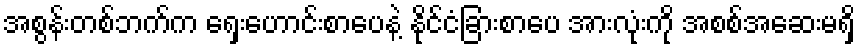
အစွန်းတစ်ဘက်က ရှေးဟောင်းစာပေနဲ့ နိုင်ငံခြားစာပေ အားလုံးကို အစစ်အဆေးမရှိ